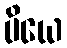
ပိယေ